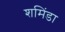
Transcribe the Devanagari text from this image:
शमिंडा